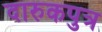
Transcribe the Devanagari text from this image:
दारुकपुत्र